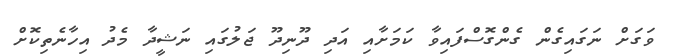
ވަގަށް ނަގައިގެން ގެންގޮސްފައިވާ ކަމަށާއި އަދި ދޫނިދޫ ޖަލުގައި ނަޝީދާ މެދު އިހާނެތިކޮށް